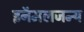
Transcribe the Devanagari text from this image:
इनॅमलजन्य